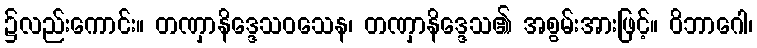
၌လည်းကောင်း။ တဏှာနိဒ္ဒေသဝသေန၊ တဏှာနိဒ္ဒေသ၏ အစွမ်းအားဖြင့်။ ဝိဘာဂေါ၊